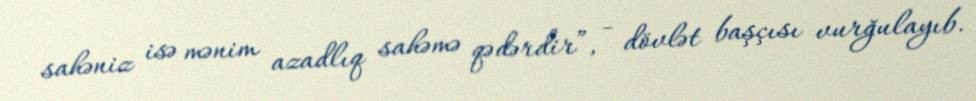
sahəniz isə mənim azadlıq sahəmə qədərdir”, - dövlət başçısı vurğulayıb.